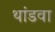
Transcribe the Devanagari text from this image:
थांडवा